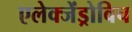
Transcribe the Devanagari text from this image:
एलेक्जेंड्रोविच